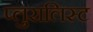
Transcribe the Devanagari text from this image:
प्लुरालिस्ट